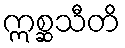
ဣစ္ဆသီတိ